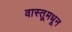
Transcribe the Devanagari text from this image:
वास्तूमधून